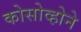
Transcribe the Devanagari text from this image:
कोसोव्होने